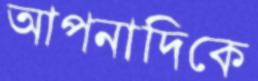
আপনাদিকে